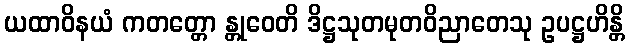
ယထာဝိနယံ ကတတ္တော န္တုဝေတိ ဒိဋ္ဌသုတမုတဝိညာတေသု ဥပဋ္ဌဟိန္တိ